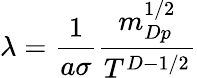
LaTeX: \lambda=\frac{1}{a\sigma}\frac{m_{Dp}^{1/2}}{T^{D-1/2}}